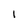
Character: 1